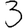
Digit: 3